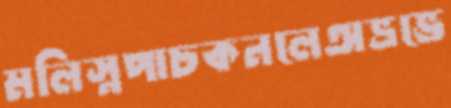
মলিস্নপাচকনলেঅভ্রভে